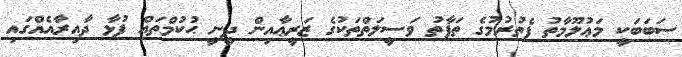
ސަބަބަކީ މަޢުލޫމާތު ފެތުރުމުގެ ތަފާތު ވަސީލަތްތަކުގެ ޒަރީޢާއިން ދީނީ ޙުކުމްތައް ފުޅާ ދާއިރާއެއްގައި